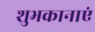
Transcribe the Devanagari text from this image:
शुभकानाएं